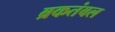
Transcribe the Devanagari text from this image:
ब्रकतंबल